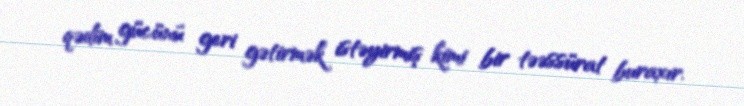
qədim gücünü geri gətirmək istəyirmiş kimi bir təəssürat buraxır.